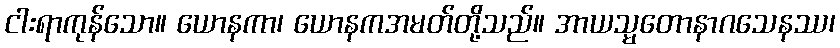
ငါးရာကုန်သော။ ယောနကာ၊ ယောနကအမတ်တို့သည်။ အာယသ္မတောနာဂသေနဿ၊